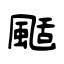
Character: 颳